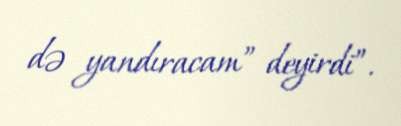
də yandıracam” deyirdi”.